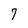
Character: 7